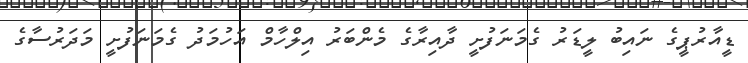
ޑީއާރުޕީގެ ނައިބު ލީޑަރު ގެމަނަފުށީ ދާއިރާގެ މެންބަރު އިލްހާމް އަހުމަދު ގެމަނަފުށީ މަދަރުސާގެ